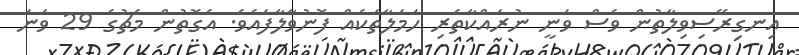
އިނގިރޭސިވިލާތުން ވެސް ވަނީ ނުރައްކާތެރި ހަމަލާތަކެއް ފޮނުވާލާފައެވެ. އެގޮތުން މެޗުގެ 29 ވަނަ